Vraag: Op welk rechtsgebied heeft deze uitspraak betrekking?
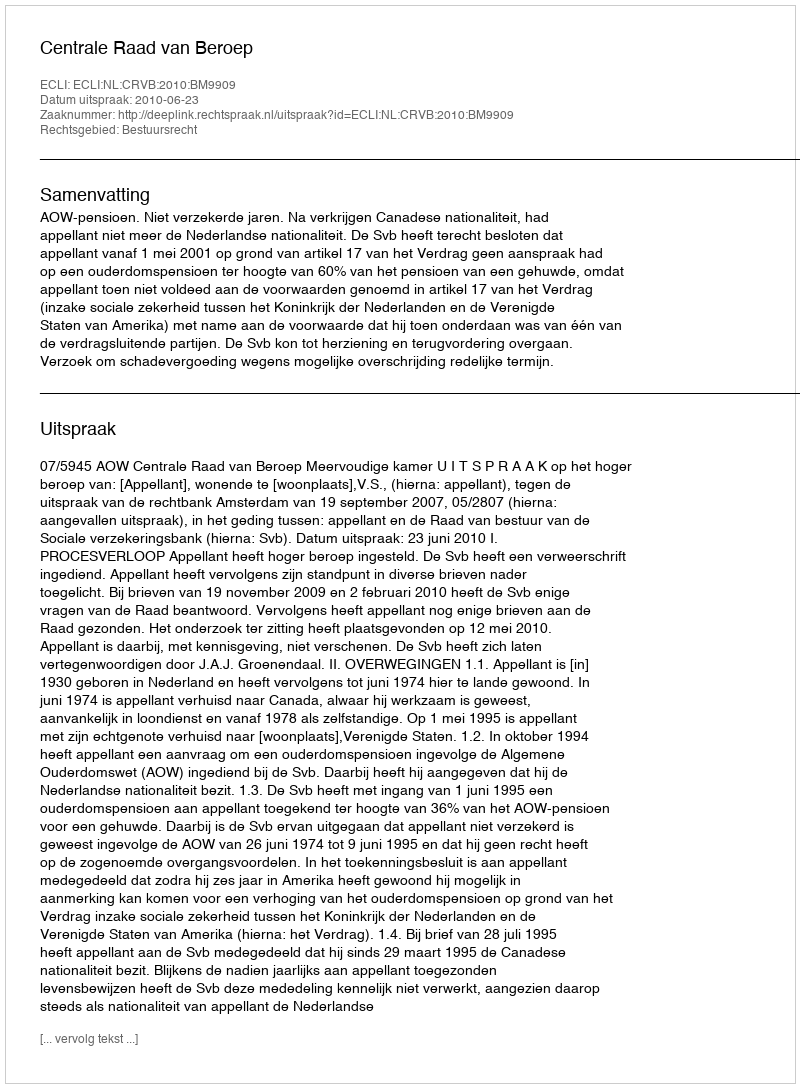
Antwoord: Bestuursrecht